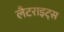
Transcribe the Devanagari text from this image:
लैटराइट्स